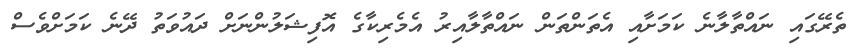
ތެރޭގައި ނައްތާލާނެ ކަމަށާއި އެތަންތަން ނައްތާލާއިރު އެމެރިކާގެ އޮފިޝަލުންނަށް ދައުވަތު ދޭނެ ކަމަށްވެސް